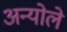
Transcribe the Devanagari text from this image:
अन्योले